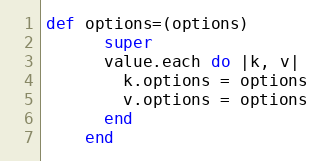
Language: Ruby
def options=(options)
      super
      value.each do |k, v|
        k.options = options
        v.options = options
      end
    end